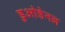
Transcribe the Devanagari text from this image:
डुओडेनल